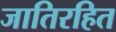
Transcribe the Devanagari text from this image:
जातिरहित